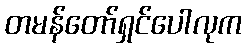
တမန်တော်ရှင်ပေါလုက